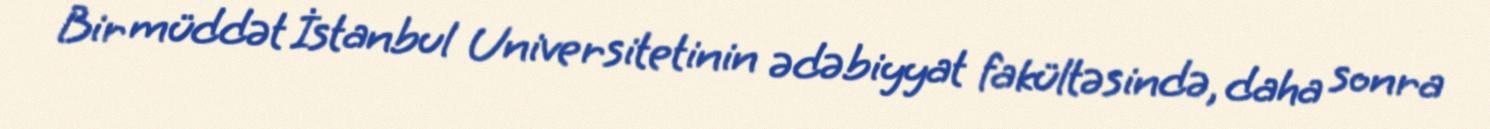
Bir müddət İstanbul Universitetinin ədəbiyyat fakültəsində, daha sonra